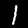
Digit: 1